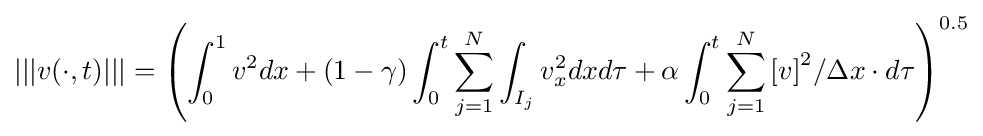
\left|\left|\left|v(\cdot ,t)\right|\right|\right|={\left(\int _{0}^{1}v^{2}dx+\left(1-\gamma \right)\int _{0}^{t}\sum _{j=1}^{N}\int _{I_{j}}v_{x}^{2}dxd\tau +\alpha \int _{0}^{t}\sum _{j=1}^{N}{\left[v\right]}^{2}/\Delta x\cdot d\tau \right)}^{0.5}